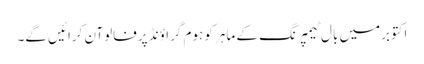
اکتوبرمیں بال ٹیمپرنگ کے ماہر کو ہوم گراؤنڈ پرفالوآن کرائیں گے۔